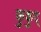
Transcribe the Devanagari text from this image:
कुकुद्